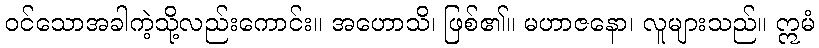
ဝင်သောအခါကဲ့သို့လည်းကောင်း။ အဟောသိ၊ ဖြစ်၏။ မဟာဇနော၊ လူများသည်။ ဣမံ